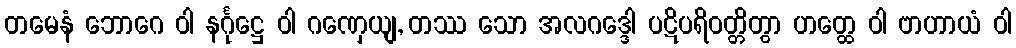
တမေနံ ဘောဂေ ဝါ နင်္ဂုဋ္ဌေ ဝါ ဂဏှေယျ, တဿ သော အလဂဒ္ဒေါ ပဋိပရိဝတ္တိတွာ ဟတ္ထေ ဝါ ဗာဟာယံ ဝါ